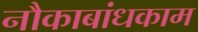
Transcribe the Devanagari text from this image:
नौकाबांधकाम